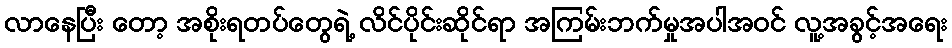
လာနေပြီး တော့ အစိုးရတပ်တွေရဲ့ လိင်ပိုင်းဆိုင်ရာ အကြမ်းဘက်မှုအပါအဝင် လူ့အခွင့်အရေး